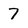
Character: 7